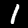
Label: 1